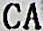
CA